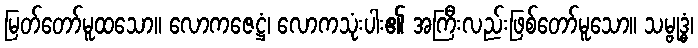
မြတ်တော်မူထသော။ လောကဇေဋ္ဌံ၊ လောကသုံးပါး၏ အကြီးလည်းဖြစ်တော်မူသော။ သမ္ဗုဒ္ဓံ၊